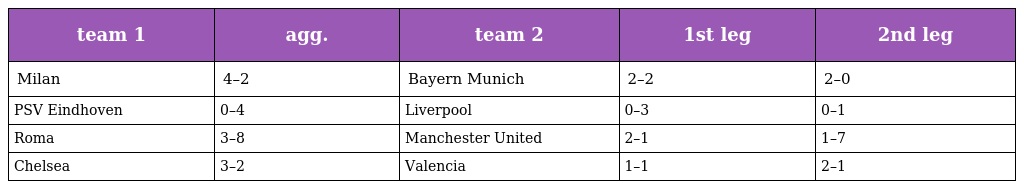
| team 1 | agg. | team 2 | 1st leg | 2nd leg |
 | --- | --- | --- | --- | --- |
 | Milan | 4–2 | Bayern Munich | 2–2 | 2–0 |
 | PSV Eindhoven | 0–4 | Liverpool | 0–3 | 0–1 |
 | Roma | 3–8 | Manchester United | 2–1 | 1–7 |
 | Chelsea | 3–2 | Valencia | 1–1 | 2–1 |